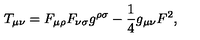
T _ { \mu \nu } = F _ { \mu \rho } F _ { \nu \sigma } g ^ { \rho \sigma } - \frac { 1 } { 4 } g _ { \mu \nu } F ^ { 2 } ,